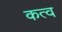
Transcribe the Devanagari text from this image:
कत्व